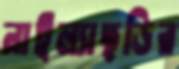
নাইল্যাছড়ির